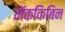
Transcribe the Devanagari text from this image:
मॅककिबिन